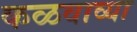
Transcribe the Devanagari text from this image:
कळवाव्या